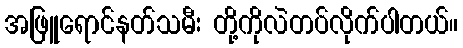
အဖြူရောင်နတ်သမီး တို့ကိုလဲတပ်လိုက်ပါတယ်။